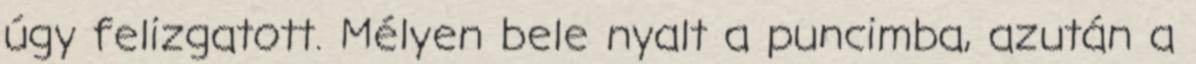
úgy felizgatott. Mélyen bele nyalt a puncimba, azután a